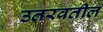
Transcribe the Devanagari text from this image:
उतरवतील